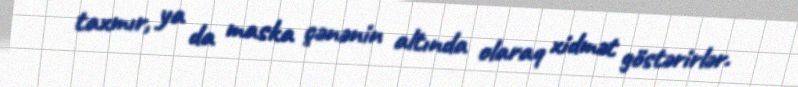
taxmır, ya da maska çənənin altında olaraq xidmət göstərirlər.